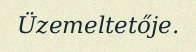
Üzemeltetője.